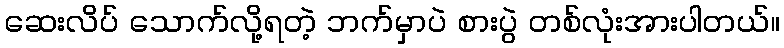
ဆေးလိပ် သောက်လို့ရတဲ့ ဘက်မှာပဲ စားပွဲ တစ်လုံးအားပါတယ်။